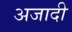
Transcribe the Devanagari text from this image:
अजादी